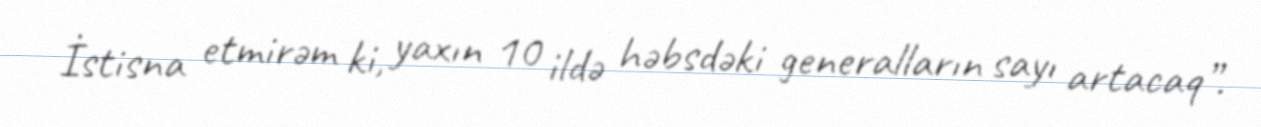
İstisna etmirəm ki, yaxın 10 ildə həbsdəki generalların sayı artacaq”.